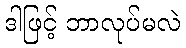
ဒါဖြင့် ဘာလုပ်မလဲ